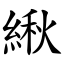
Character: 䋺